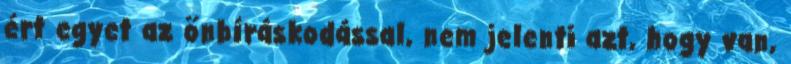
ért egyet az önbíráskodással, nem jelenti azt, hogy van,